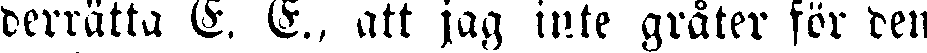
derrätta E. E., att jag inte gråter för den